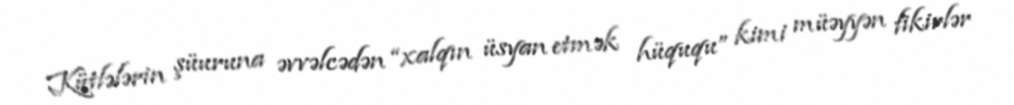
Kütlələrin şüuruna əvvəlcədən “xalqın üsyan etmək hüququ” kimi müəyyən fikirlər